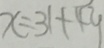
x = 3 1 + 4 y